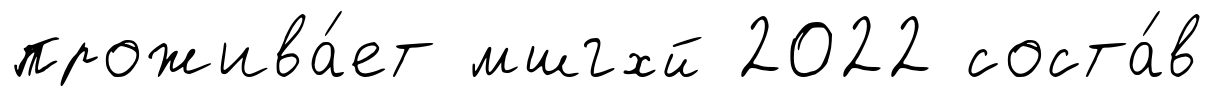
прожива́ет мшгхй 2022 соста́в